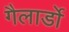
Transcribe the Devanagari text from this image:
गैलार्डो